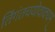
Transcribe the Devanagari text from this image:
तिंगंतचयोवाक्यम्